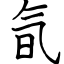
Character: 氜